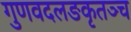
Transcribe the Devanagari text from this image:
गुणवदलङकृतञ्च